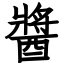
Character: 醬